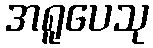
အရူပေသု